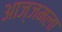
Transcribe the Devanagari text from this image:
आज्जमला